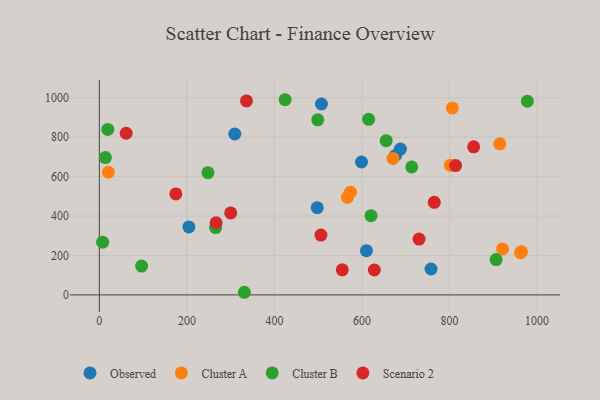
{"axis": {"x": "Price", "y": "Yield"}, "legend": ["Cluster A", "Cluster B", "Observed", "Scenario 2"], "data": [{"x": "497.8", "y": 442.6, "type": "Observed"}, {"x": "204.6", "y": 344.9, "type": "Observed"}, {"x": "676.6", "y": 707.6, "type": "Observed"}, {"x": "507.4", "y": 968.4, "type": "Observed"}, {"x": "610.2", "y": 224.2, "type": "Observed"}, {"x": "309.5", "y": 816.2, "type": "Observed"}, {"x": "598.9", "y": 674.0, "type": "Observed"}, {"x": "757.7", "y": 131.3, "type": "Observed"}, {"x": "687.8", "y": 739.9, "type": "Observed"}, {"x": "801.8", "y": 658.0, "type": "Cluster A"}, {"x": "20.6", "y": 622.2, "type": "Cluster A"}, {"x": "962.1", "y": 214.3, "type": "Cluster A"}, {"x": "566.7", "y": 494.6, "type": "Cluster A"}, {"x": "670.7", "y": 692.3, "type": "Cluster A"}, {"x": "921.2", "y": 232.7, "type": "Cluster A"}, {"x": "914.7", "y": 766.4, "type": "Cluster A"}, {"x": "573.7", "y": 521.1, "type": "Cluster A"}, {"x": "806.3", "y": 948.5, "type": "Cluster A"}, {"x": "964.5", "y": 218.6, "type": "Cluster A"}, {"x": "620.6", "y": 401.9, "type": "Cluster B"}, {"x": "265.5", "y": 341.3, "type": "Cluster B"}, {"x": "498.9", "y": 887.8, "type": "Cluster B"}, {"x": "977.8", "y": 982.3, "type": "Cluster B"}, {"x": "906.4", "y": 179.3, "type": "Cluster B"}, {"x": "248.1", "y": 619.9, "type": "Cluster B"}, {"x": "13.8", "y": 696.8, "type": "Cluster B"}, {"x": "713.6", "y": 649.3, "type": "Cluster B"}, {"x": "7.5", "y": 267.6, "type": "Cluster B"}, {"x": "424.4", "y": 990.0, "type": "Cluster B"}, {"x": "615.2", "y": 890.5, "type": "Cluster B"}, {"x": "19.3", "y": 839.6, "type": "Cluster B"}, {"x": "655.2", "y": 782.2, "type": "Cluster B"}, {"x": "96.6", "y": 146.2, "type": "Cluster B"}, {"x": "331.2", "y": 13.3, "type": "Cluster B"}, {"x": "61.3", "y": 820.0, "type": "Scenario 2"}, {"x": "855.1", "y": 750.9, "type": "Scenario 2"}, {"x": "266.8", "y": 365.9, "type": "Scenario 2"}, {"x": "300.1", "y": 415.8, "type": "Scenario 2"}, {"x": "628.2", "y": 126.4, "type": "Scenario 2"}, {"x": "174.7", "y": 512.1, "type": "Scenario 2"}, {"x": "555.0", "y": 127.1, "type": "Scenario 2"}, {"x": "813.8", "y": 656.1, "type": "Scenario 2"}, {"x": "730.4", "y": 283.0, "type": "Scenario 2"}, {"x": "336.1", "y": 983.8, "type": "Scenario 2"}, {"x": "506.2", "y": 303.6, "type": "Scenario 2"}, {"x": "765.1", "y": 469.4, "type": "Scenario 2"}]}